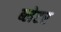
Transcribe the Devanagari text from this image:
ब्लेटर